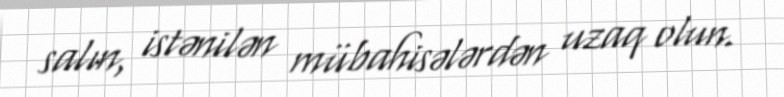
salın, istənilən mübahisələrdən uzaq olun.